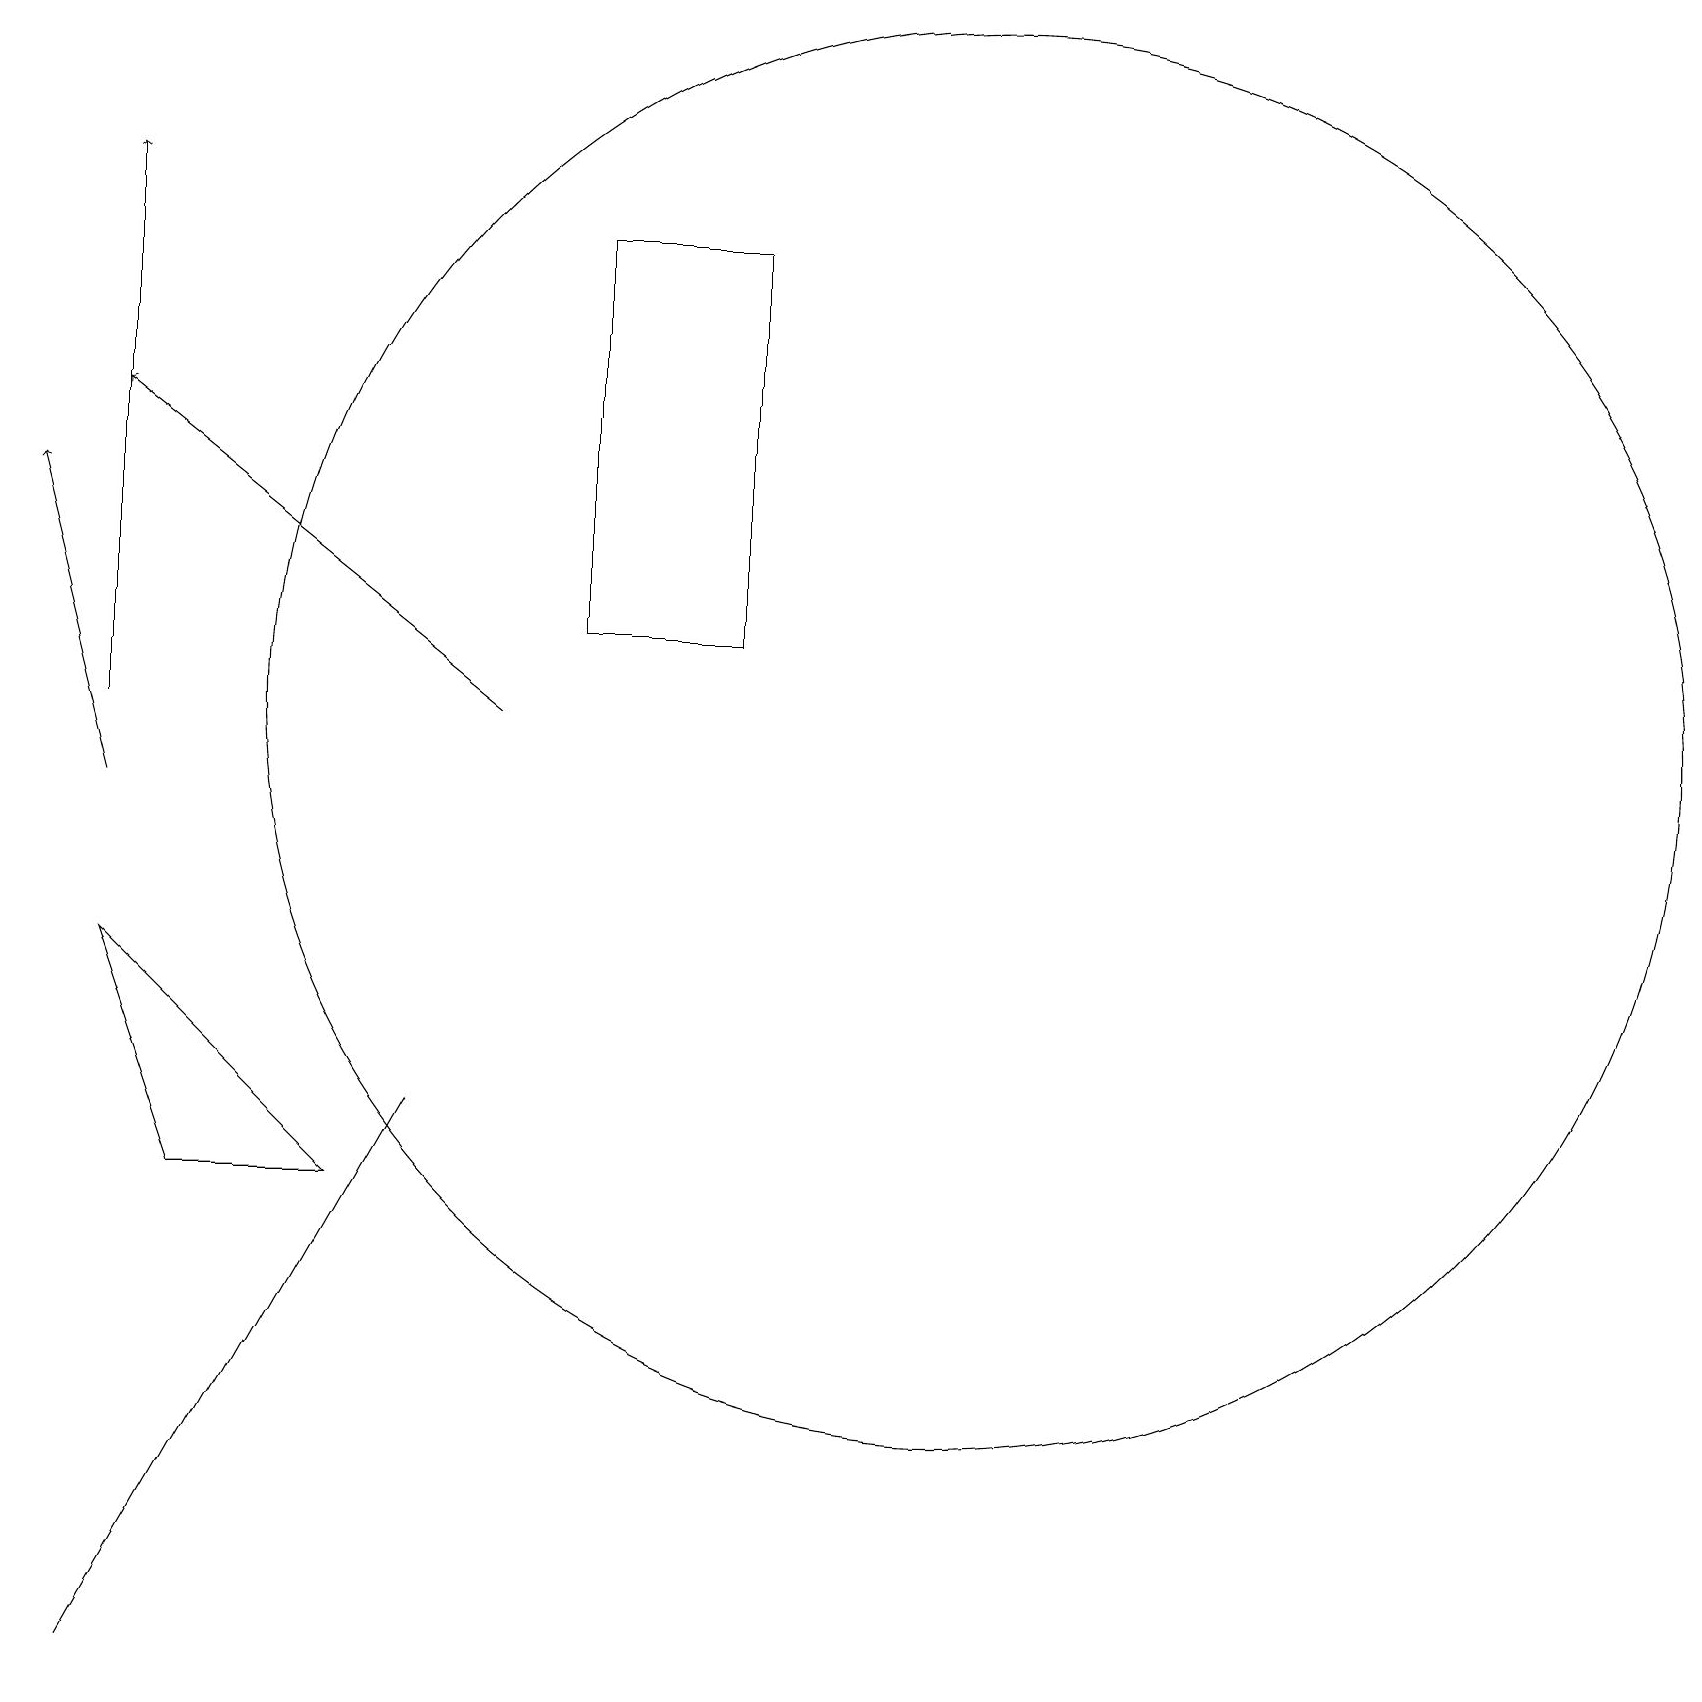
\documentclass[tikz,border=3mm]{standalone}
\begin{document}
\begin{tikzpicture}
\draw (1,9) -- (4,6) -- (2,6) -- cycle;
\draw[->] (6,12) -- (1,16);
\draw[->] (1,12) -- (1,19);
\draw (9,18) rectangle (7,13);
\draw (5,7) -- (1,0) -- (5,7) -- cycle;
\draw (11,11) circle (0);
\draw[->] (1,11) -- (0,15);
\draw (12,12) circle (9);
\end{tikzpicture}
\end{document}